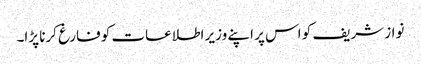
نواز شریف کو اس پر اپنے وزیر اطلاعات کو فارغ کرنا پڑا۔